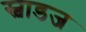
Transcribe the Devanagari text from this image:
स्वाडज